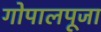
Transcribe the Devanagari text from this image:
गोपालपूजा